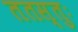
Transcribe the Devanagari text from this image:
ततस्तुः